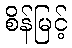
စိန်မြင့်